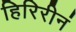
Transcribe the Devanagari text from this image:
हिरिरीनं